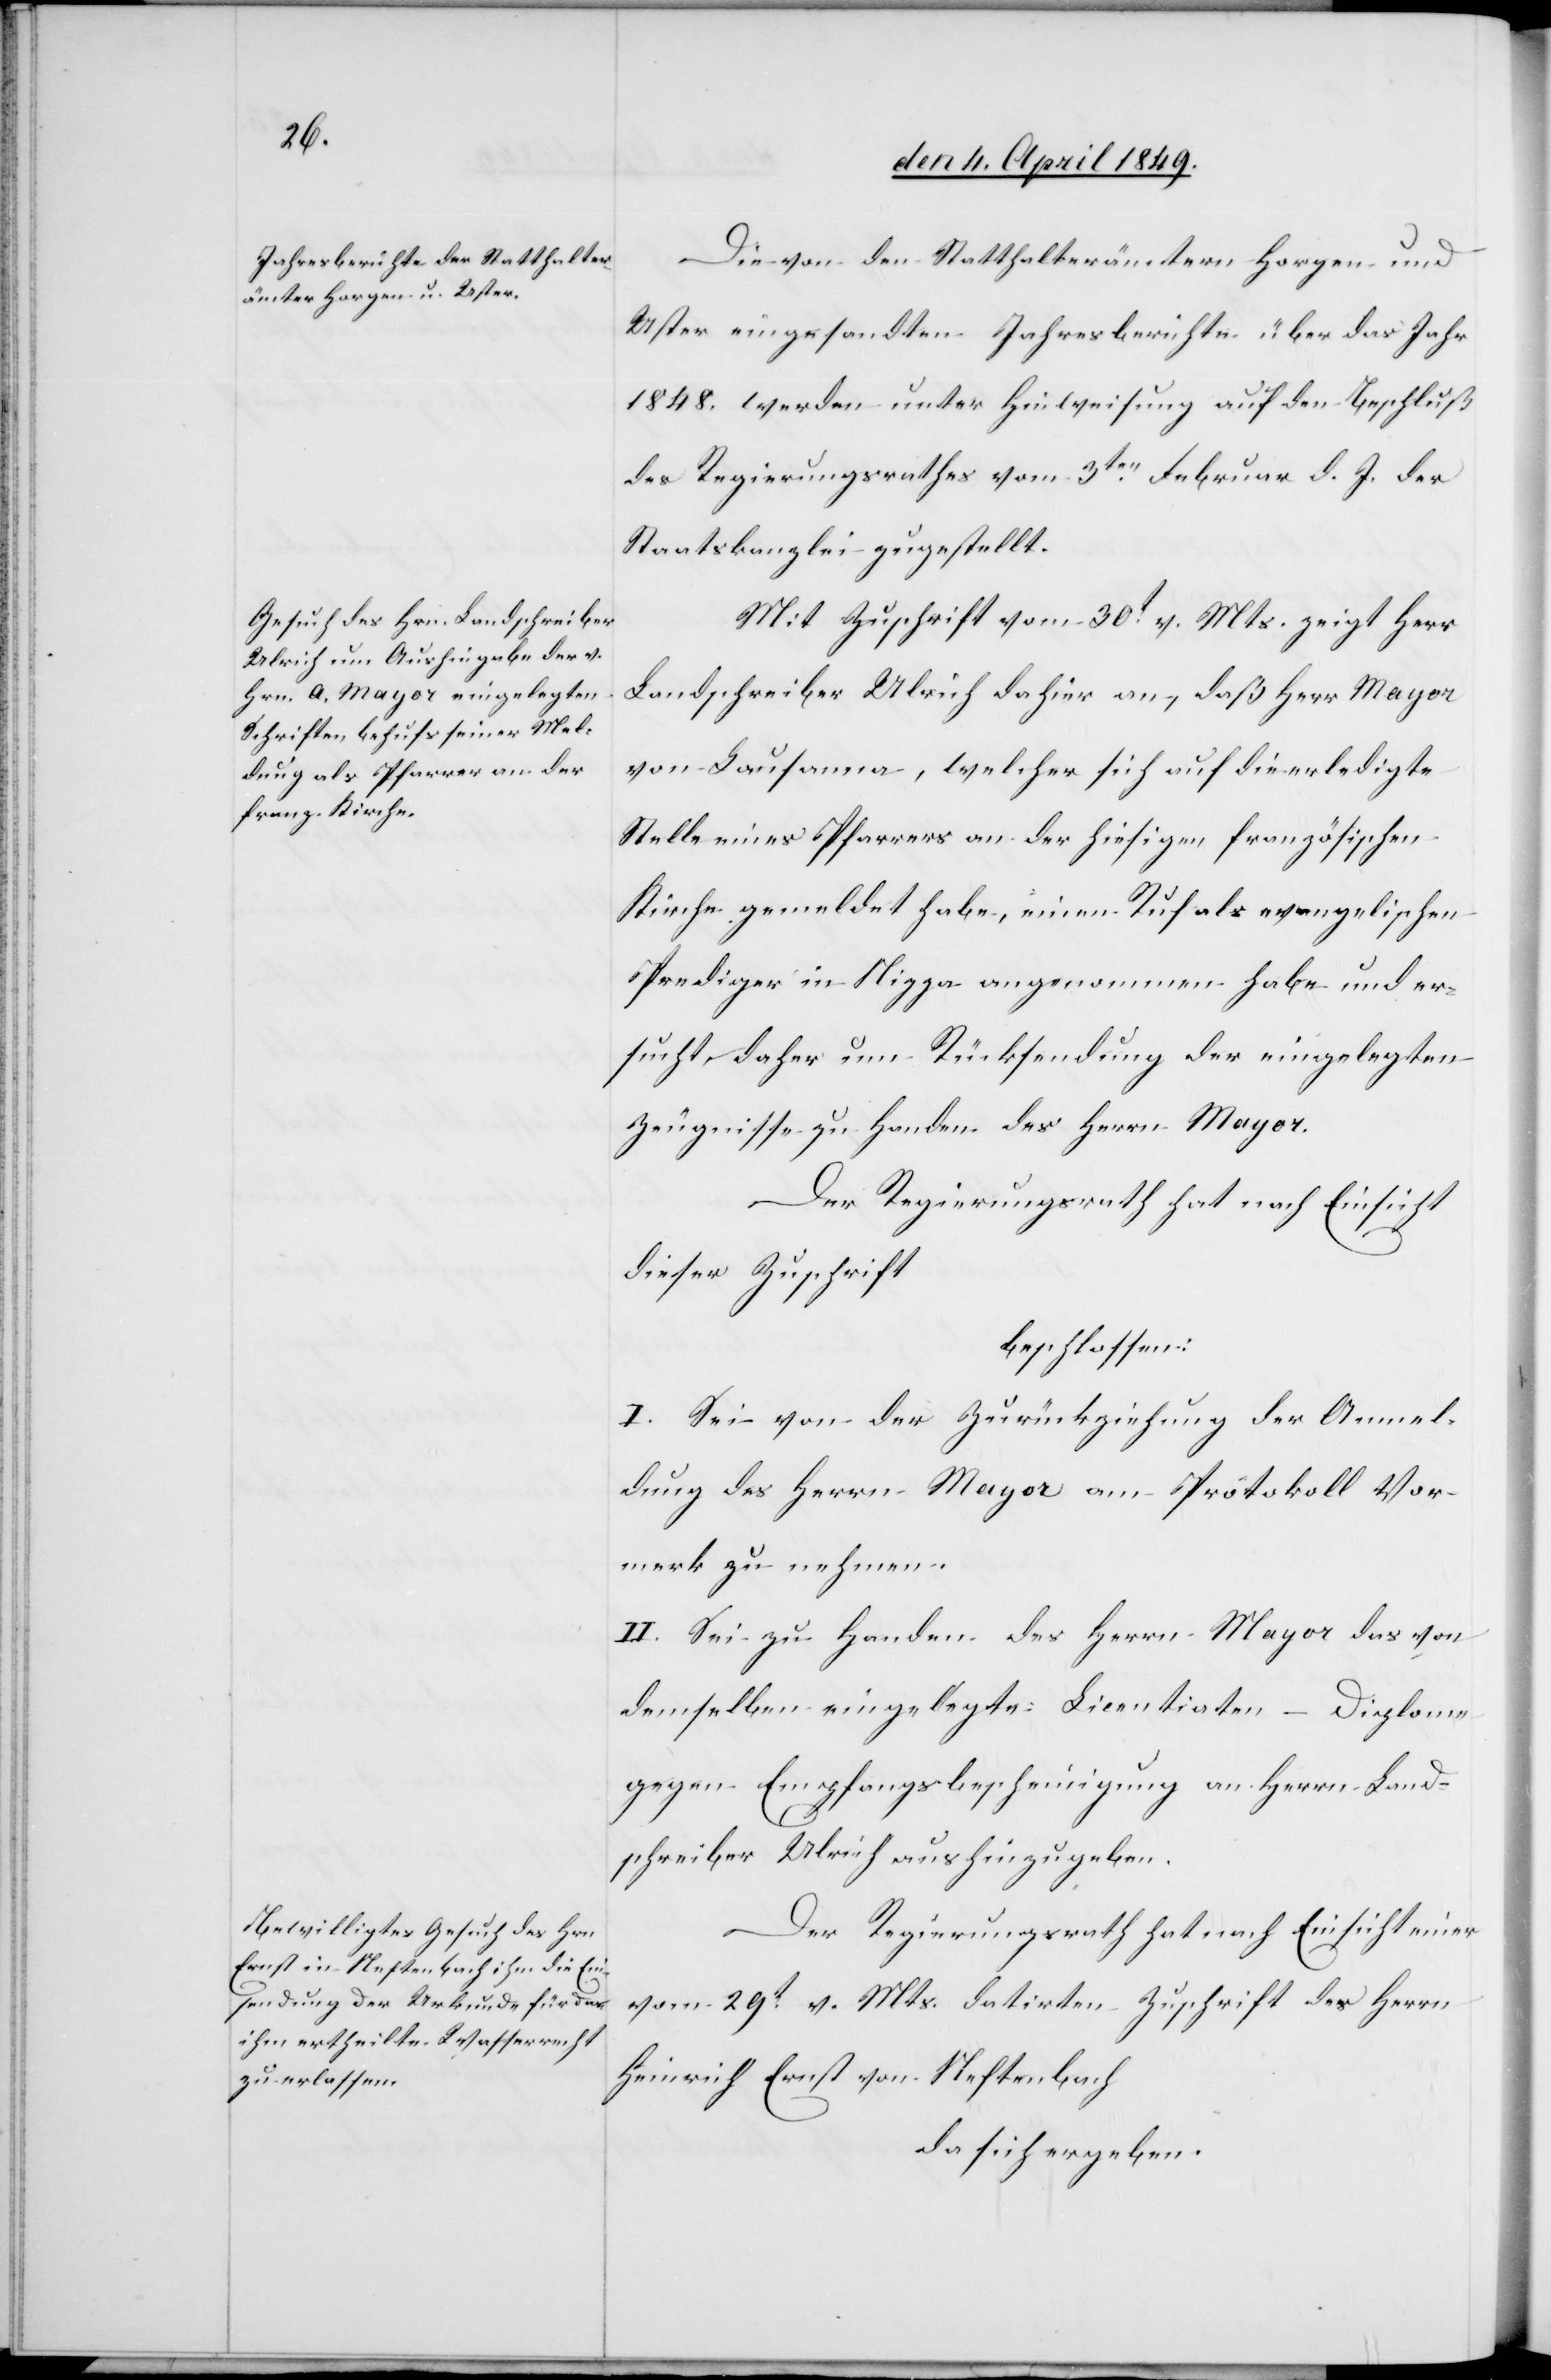
Die von den Statthalterämtern Horgen und
Uster eingesandten Jahresberichte über das Jahr
1848. werden unter Hinweisung auf den Beschluß
des Regierungsrathes vom 3ten Februar d. J. der
Staatskanzlei zugestellt.
Mit Zuschrift vom 30t v. Mts. zeigt Herr
Landschreiber Ulrich dahier an, daß Herr Mayor
von Lausanna, welcher sich auf die erledigte
Stelle eines Pfarrers an der hiesigen französischen
Kirche gemeldet habe, einen Ruf als evangelischen
Predigers in Nizza angenommen habe und er¬
sucht, daher um Rücksendung der eingelegten
Zeugnisse zu Handen des Herrn Major.
Der Regierungsrath hat nach Einsicht
dieser Zuschrift
beschlossen:
I. Sei von der Zurückziehung der Anmel¬
dung des Herrn Major am Protokoll Vor¬
merk zu nehmen.
II. Sei zu Handen des Herrn Major das von
demselben eingelegte Licentiaten-Diplome
gegen Empfangsbescheinigung an Herrn Land¬
schreiber Ulrich aushinzugeben.
Der Regierungsrath hat nach Einsicht einer
vom 29t v. Mts. datirten Zuschrift des Herrn
Heinrich Ernst von Neftenbach
Da sich ergeben.